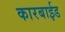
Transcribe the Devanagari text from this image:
कारबाईड